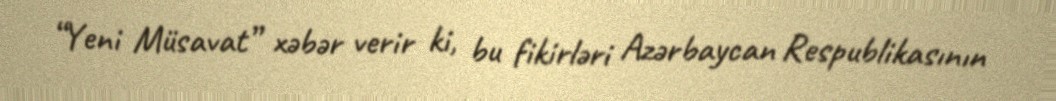
“Yeni Müsavat” xəbər verir ki, bu fikirləri Azərbaycan Respublikasının